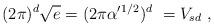
LaTeX: \begin{align*} (2 \pi)^d \sqrt{e} = (2\pi\alpha^\prime{}^{1/2})^d\ =V_{sd}\ ,\end{align*}